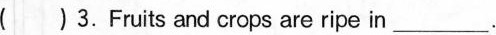
()3.Fruits and crops are ripe in___.